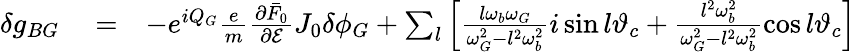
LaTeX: \begin{array}{rlr}{\delta g_{BG}}&{{}=}&{-e^{iQ_{G}}\frac{e}{m}\frac{\partial\bar{F}_{0}}{\partial\mathcal{E}}J_{0}\delta\phi_{G}+\sum_{l}\left[\frac{l\omega_{b}\omega_{G}}{\omega_{G}^{2}-l^{2}\omega_{b}^{2}}i\sin l\vartheta_{c}+\frac{l^{2}\omega_{b}^{2}}{\omega_{G}^{2}-l^{2}\omega_{b}^{2}}\cos l\vartheta_{c}\right]}\end{array}